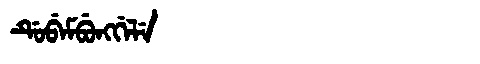
Manchu: ᡩᡠᠪᡝᠮᠪᡠᠩᡤᡝᠯᡝ
Romanization: DUBEMBUNGGELE